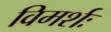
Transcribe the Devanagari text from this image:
विमर्शः